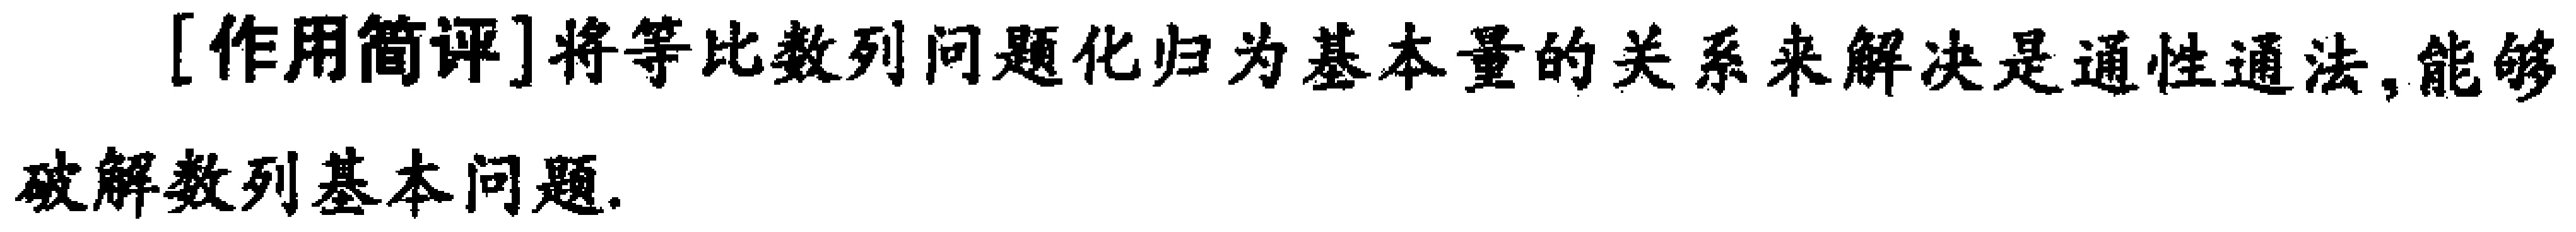
[作用简评]将等比数列问题化归为基本量的关系来解决是通性通法,能够破解数列基本问题.